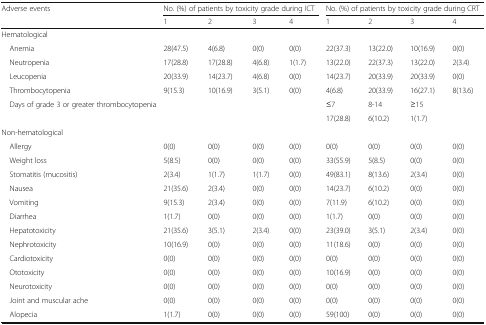
<table><thead><tr><td rowspan="2"><b>Adverse events</b></td><td colspan="4"><b>No. (%) of patients by toxicity grade during ICT</b></td><td colspan="4"><b>No. (%) of patients by toxicity grade during CRT</b></td></tr><tr><td><b>1</b></td><td><b>2</b></td><td><b>3</b></td><td><b>4</b></td><td><b>1</b></td><td><b>2</b></td><td><b>3</b></td><td><b>4</b></td></tr></thead><tbody><tr><td colspan="9">Hematological</td></tr><tr><td> Anemia</td><td>28(47.5)</td><td>4(6.8)</td><td>0(0)</td><td>0(0)</td><td>22(37.3)</td><td>13(22.0)</td><td>10(16.9)</td><td>0(0)</td></tr><tr><td> Neutropenia</td><td>17(28.8)</td><td>17(28.8)</td><td>4(6.8)</td><td>1(1.7)</td><td>13(22.0)</td><td>22(37.3)</td><td>13(22.0)</td><td>2(3.4)</td></tr><tr><td> Leucopenia</td><td>20(33.9)</td><td>14(23.7)</td><td>4(6.8)</td><td>0(0)</td><td>14(23.7)</td><td>20(33.9)</td><td>20(33.9)</td><td>0(0)</td></tr><tr><td> Thrombocytopenia</td><td>9(15.3)</td><td>10(16.9)</td><td>3(5.1)</td><td>0(0)</td><td>4(6.8)</td><td>20(33.9)</td><td>16(27.1)</td><td>8(13.6)</td></tr><tr><td rowspan="2"> Days of grade 3 or greater thrombocytopenia</td><td></td><td></td><td></td><td></td><td>≤7</td><td>8-14</td><td>≥15</td><td></td></tr><tr><td></td><td></td><td></td><td></td><td>17(28.8)</td><td>6(10.2)</td><td>1(1.7)</td><td></td></tr><tr><td colspan="9">Non-hematological</td></tr><tr><td> Allergy</td><td>0(0)</td><td>0(0)</td><td>0(0)</td><td>0(0)</td><td>0(0)</td><td>0(0)</td><td>0(0)</td><td>0(0)</td></tr><tr><td> Weight loss</td><td>5(8.5)</td><td>0(0)</td><td>0(0)</td><td>0(0)</td><td>33(55.9)</td><td>5(8.5)</td><td>0(0)</td><td>0(0)</td></tr><tr><td> Stomatitis (mucositis)</td><td>2(3.4)</td><td>1(1.7)</td><td>1(1.7)</td><td>0(0)</td><td>49(83.1)</td><td>8(13.6)</td><td>2(3.4)</td><td>0(0)</td></tr><tr><td> Nausea</td><td>21(35.6)</td><td>2(3.4)</td><td>0(0)</td><td>0(0)</td><td>14(23.7)</td><td>6(10.2)</td><td>0(0)</td><td>0(0)</td></tr><tr><td> Vomiting</td><td>9(15.3)</td><td>2(3.4)</td><td>0(0)</td><td>0(0)</td><td>7(11.9)</td><td>6(10.2)</td><td>0(0)</td><td>0(0)</td></tr><tr><td> Diarrhea</td><td>1(1.7)</td><td>0(0)</td><td>0(0)</td><td>0(0)</td><td>1(1.7)</td><td>0(0)</td><td>0(0)</td><td>0(0)</td></tr><tr><td> Hepatotoxicity</td><td>21(35.6)</td><td>3(5.1)</td><td>2(3.4)</td><td>0(0)</td><td>23(39.0)</td><td>3(5.1)</td><td>2(3.4)</td><td>0(0)</td></tr><tr><td> Nephrotoxicity</td><td>10(16.9)</td><td>0(0)</td><td>0(0)</td><td>0(0)</td><td>11(18.6)</td><td>0(0)</td><td>0(0)</td><td>0(0)</td></tr><tr><td> Cardiotoxicity</td><td>0(0)</td><td>0(0)</td><td>0(0)</td><td>0(0)</td><td>0(0)</td><td>0(0)</td><td>0(0)</td><td>0(0)</td></tr><tr><td> Ototoxicity</td><td>0(0)</td><td>0(0)</td><td>0(0)</td><td>0(0)</td><td>10(16.9)</td><td>0(0)</td><td>0(0)</td><td>0(0)</td></tr><tr><td> Neurotoxicity</td><td>0(0)</td><td>0(0)</td><td>0(0)</td><td>0(0)</td><td>0(0)</td><td>0(0)</td><td>0(0)</td><td>0(0)</td></tr><tr><td> Joint and muscular ache</td><td>0(0)</td><td>0(0)</td><td>0(0)</td><td>0(0)</td><td>0(0)</td><td>0(0)</td><td>0(0)</td><td>0(0)</td></tr><tr><td> Alopecia</td><td>1(1.7)</td><td>0(0)</td><td>0(0)</td><td>0(0)</td><td>59(100)</td><td>0(0)</td><td>0(0)</td><td>0(0)</td></tr></tbody></table>